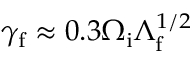
\gamma _ { \mathrm { f } } \approx 0 . 3 \Omega _ { \mathrm { i } } \Lambda _ { \mathrm { f } } ^ { 1 / 2 }